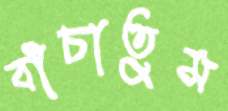
বাঁচাতুম